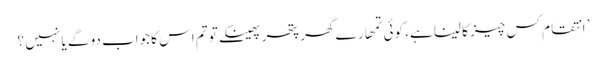
’ انتقام کس چیز کا لینا ہے، کوئی تمھارے گھر پتھر پھینکے تو تم اس کا جواب دو گے یا نہیں ؟